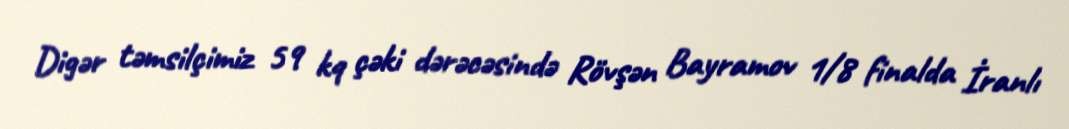
Digər təmsilçimiz 59 kq çəki dərəcəsində Rövşən Bayramov 1/8 finalda İranlı